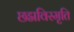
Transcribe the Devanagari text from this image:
छद्मविस्मृति